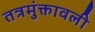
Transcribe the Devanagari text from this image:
तत्रमुंक्तावली